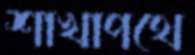
শাখাপথে